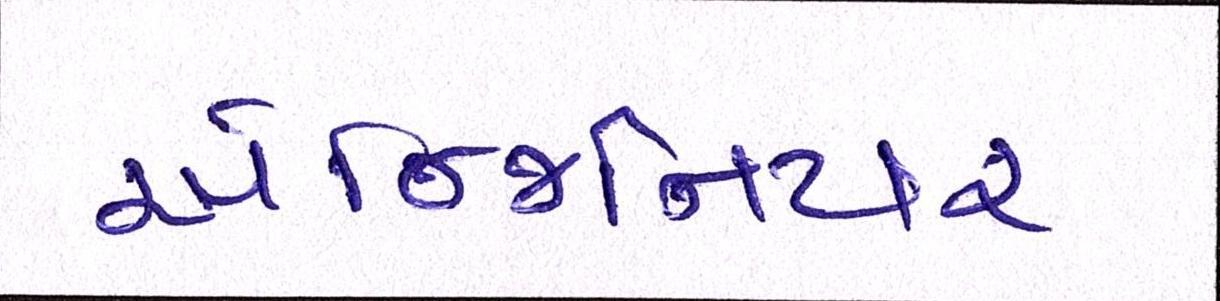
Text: એન્જિનિયર